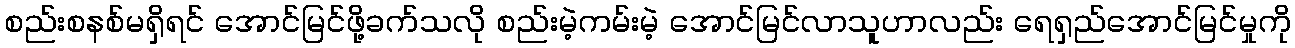
စည်းစနစ်မရှိရင် အောင်မြင်ဖို့ခက်သလို စည်းမဲ့ကမ်းမဲ့ အောင်မြင်လာသူဟာလည်း ရေရှည်အောင်မြင်မှုကို